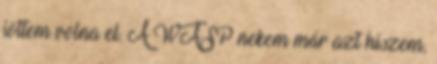
jöttem volna el. A WASP nekem már azt hiszem,